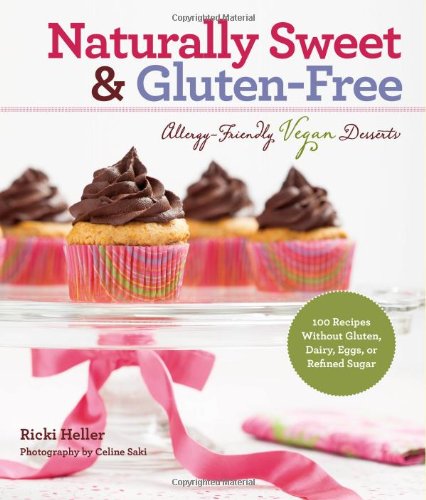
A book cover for Naturally Sweet & Gluten-Free: Allergy-Friendly Vegan Desserts: 100 Recipes Without Gluten, Dairy, Eggs, or Refined Sugar; Ricki Heller; Cookbooks, Food & Wine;